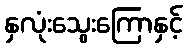
နှလုံးသွေးကြောနှင့်